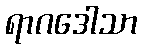
ရာဂဒေါသာ